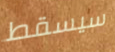
سيسقط